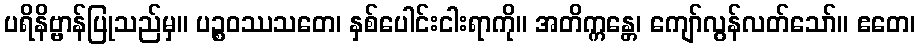
ပရိနိဗ္ဗာန်ပြုသည်မှ။ ပဉ္စဝဿသတေ၊ နှစ်ပေါင်းငါးရာကို။ အတိက္ကန္တေ၊ ကျော်လွန်လတ်သော်။ ဧတေ၊